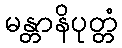
မန္တာနိပုတ္တံ